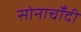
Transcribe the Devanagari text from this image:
सोनाचाँदी